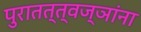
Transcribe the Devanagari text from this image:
पुरातत्त्वज्ञांना